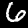
Label: 6